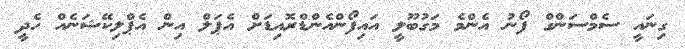
ގިނައީ ސެމްސަންގް ފޯނު އެންމެ މަގުބޫލީ އައިފޯންއެންޑްރޮއިޑަށް އެޕަލް އިން އެޕްލިކޭޝަނެއް ހެދީ